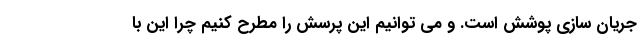
جریان سازی پوشش است. و می توانیم این پرسش را مطرح کنیم چرا این با